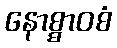
နောစ္စာဝစံ